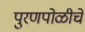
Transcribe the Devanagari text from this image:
पुरणपोळीचे